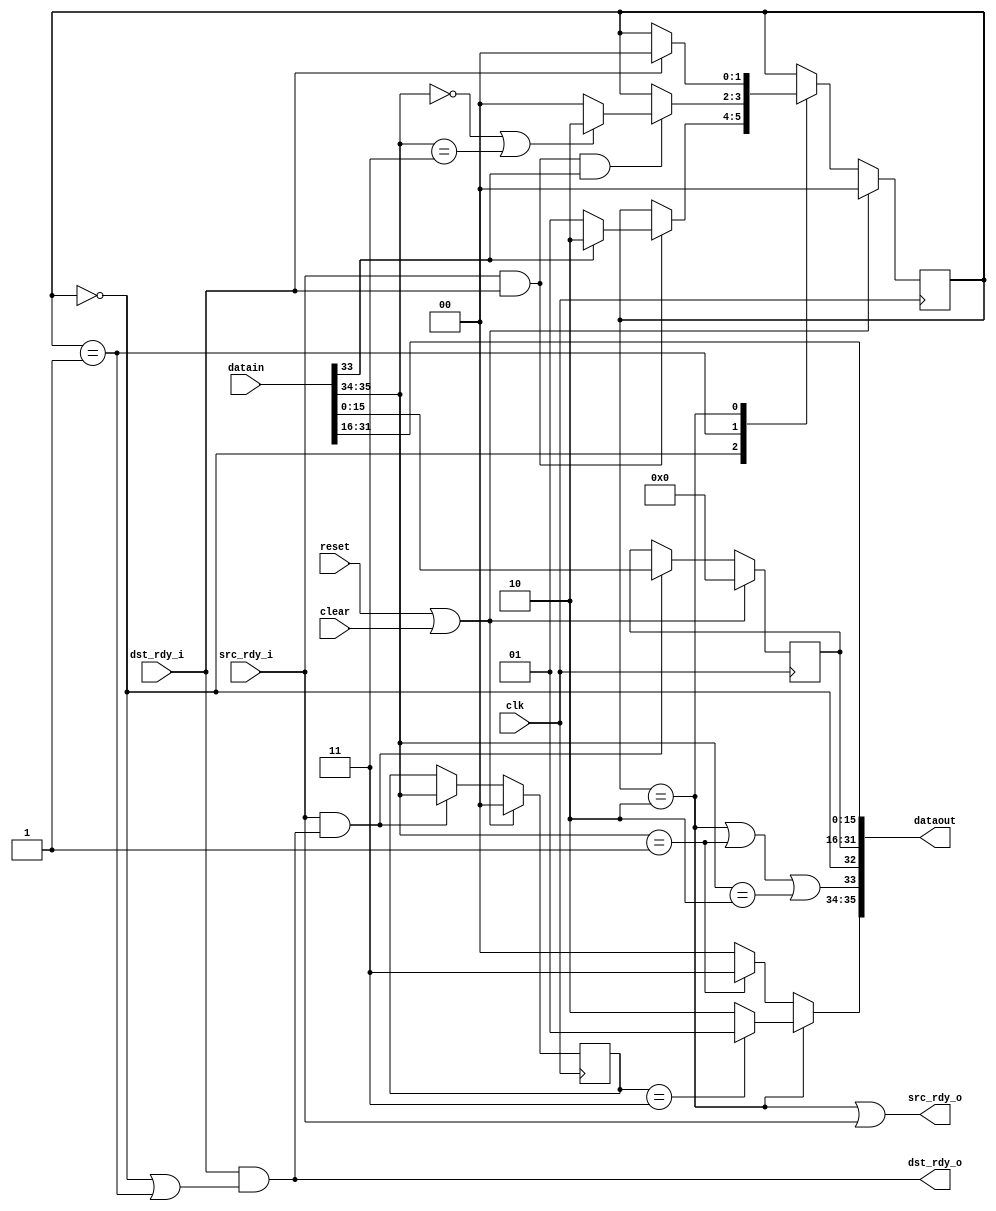

// NOTE:  Will not work with single-line frames

module ethrx_realign
   (input clk, input reset, input clear,
    input [35:0] datain, input src_rdy_i, output dst_rdy_o,
    output [35:0] dataout, output src_rdy_o, input dst_rdy_i);

   reg [1:0] 	  state;
   reg [15:0] 	  held;
   reg [1:0] 	  held_occ;
	  
   wire 	  xfer_in = src_rdy_i & dst_rdy_o;
   wire 	  xfer_out = src_rdy_o & dst_rdy_i;

   wire 	  sof_in = datain[32];
   wire 	  eof_in = datain[33];
   wire [1:0] 	  occ_in = datain[35:34];
   wire 	  sof_out, eof_out;
   wire [1:0] 	  occ_out;
      
   always @(posedge clk)
     if(reset | clear)
       begin
	  held <= 0;
	  held_occ <= 0;
       end
     else if(xfer_in)
       begin
	  held <= datain[15:0];
	  held_occ <= datain[35:34];
       end
   
   localparam RE_IDLE = 0;
   localparam RE_HELD = 1;
   localparam RE_DONE = 2;

   always @(posedge clk)
     if(reset | clear)
       state <= RE_IDLE;
     else
       case(state)
	 RE_IDLE :
	   if(src_rdy_i & dst_rdy_i)
	      if(eof_in)
		state <= RE_DONE;
	      else
		state <= RE_HELD;

	 RE_HELD :
	   if(src_rdy_i & dst_rdy_i & eof_in)
	     if((occ_in==0)|(occ_in==3))
	       state <= RE_DONE;
	     else
	       state <= RE_IDLE;

	 RE_DONE :
	   if(dst_rdy_i)
	     state <= RE_IDLE;
	 
       endcase // case (state)
   
   
   assign sof_out = (state == RE_IDLE);
   assign eof_out = (state == RE_DONE) | (occ_in == 1) | (occ_in == 2);
   assign occ_out = (state == RE_DONE) ? ((held_occ == 3) ? 1 : 2) :
		    (occ_in == 1) ? 3 : 0;
   		    
   assign dataout = {occ_out,eof_out,sof_out,held,datain[31:16]};
   assign src_rdy_o = (state == RE_DONE) | src_rdy_i;
   assign dst_rdy_o = dst_rdy_i & ((state == RE_IDLE)|(state == RE_HELD));
endmodule // ethrx_realign